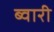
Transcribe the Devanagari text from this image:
ब्वारी